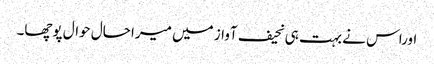
اوراس نے بہت ہی نحیف آواز میں میرا حال حوال پوچھا۔